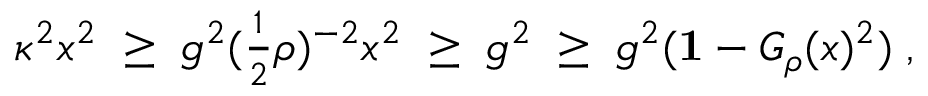
\begin{array} { r } { \kappa ^ { 2 } x ^ { 2 } \; \geq \; g ^ { 2 } ( \frac { 1 } { 2 } \rho ) ^ { - 2 } x ^ { 2 } \; \geq \; g ^ { 2 } \; \geq \; g ^ { 2 } ( { \bf 1 } - G _ { \rho } ( x ) ^ { 2 } ) \; , } \end{array}